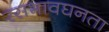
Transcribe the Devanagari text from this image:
रसभावघनता